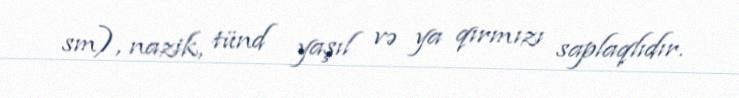
sm), nazik, tünd yaşıl və ya qırmızı saplaqlıdır.